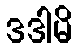
ဒဒါမိ